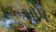
મા૫